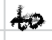
Text: to
Cross-out: single-line
Writing tool: digital_black